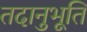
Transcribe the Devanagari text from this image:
तदानुभूति